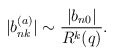
\begin{align*} |b_{nk}^{(a)}| \sim \frac{|b_{n0}|}{R^k(q)}.\end{align*}